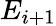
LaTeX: E_{i+1}